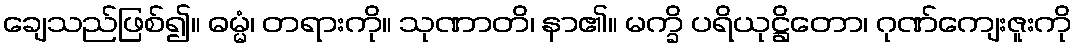
ချေသည်ဖြစ်၍။ ဓမ္မံ၊ တရားကို။ သုဏာတိ၊ နာ၏။ မက္ခိ ပရိယုဋ္ဌိတော၊ ဂုဏ်ကျေးဇူးကို